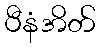
ပီနံအိတ်